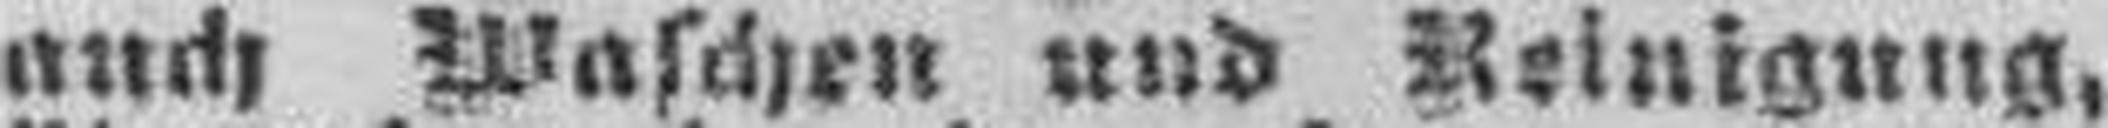
auch Waschen und Reinigung,